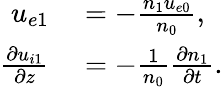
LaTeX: \begin{array}{rl}{u_{e1}}&{{}=-\frac{n_{1}u_{e0}}{n_{0}},}\\ {\frac{\partial u_{i1}}{\partial z}}&{{}=-\frac{1}{n_{0}}\frac{\partial n_{1}}{\partial t}.}\end{array}